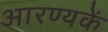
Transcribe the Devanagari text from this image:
आरण्यकें